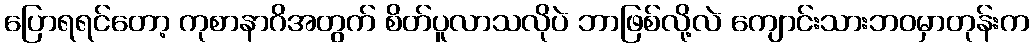
ပြောရရင်တော့ ကုစာနာဂိအတွက် စိတ်ပူလာသလိုပဲ ဘာဖြစ်လို့လဲ ကျောင်းသားဘဝမှာတုန်းက